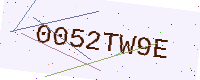
Text: 0052TW9E